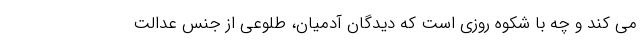
می کند و چه با شکوه روزی است که دیدگان آدمیان، طلوعی از جنس عدالت